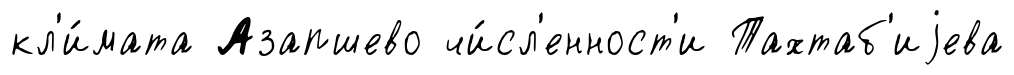
кл'и́мата Азапшево чи́сл'енност'и Тахтаб'иjева